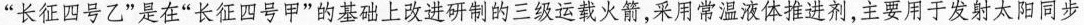
“长征四号乙”是在“长征四号甲”的基础上改进研制的三级运载火箭，采用常温液体推进剂，主要用于发射太阳同步